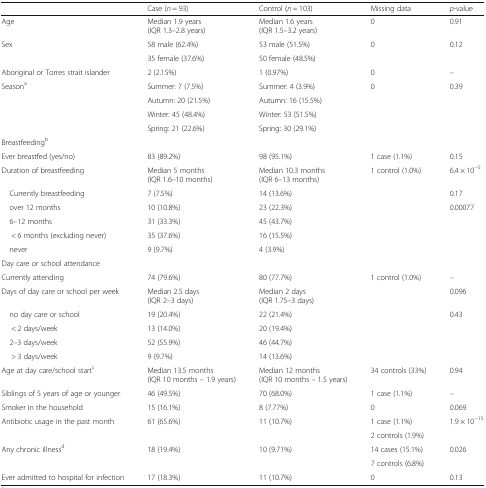
<table><thead><tr><td></td><td><b>Case (<i>n</i> = 93)</b></td><td><b>Control (<i>n</i> = 103)</b></td><td><b>Missing data</b></td><td><b><i>p</i>-value</b></td></tr></thead><tbody><tr><td>Age</td><td>Median 1.9 years (IQR 1.3–2.8 years)</td><td>Median 1.6 years (IQR 1.5–3.2 years)</td><td>0</td><td>0.91</td></tr><tr><td rowspan="2">Sex</td><td>58 male (62.4%)</td><td>53 male (51.5%)</td><td rowspan="2">0</td><td rowspan="2">0.12</td></tr><tr><td>35 female (37.6%)</td><td>50 female (48.5%)</td></tr><tr><td>Aboriginal or Torres strait islander</td><td>2 (2.15%)</td><td>1 (0.97%)</td><td>0</td><td>–</td></tr><tr><td rowspan="4">Season<sup>a</sup></td><td>Summer: 7 (7.5%)</td><td>Summer: 4 (3.9%)</td><td rowspan="4">0</td><td rowspan="4">0.39</td></tr><tr><td>Autumn: 20 (21.5%)</td><td>Autumn: 16 (15.5%)</td></tr><tr><td>Winter: 45 (48.4%)</td><td>Winter: 53 (51.5%)</td></tr><tr><td>Spring: 21 (22.6%)</td><td>Spring: 30 (29.1%)</td></tr><tr><td colspan="5">Breastfeeding<sup>b</sup></td></tr><tr><td>Ever breastfed (yes/no)</td><td>83 (89.2%)</td><td>98 (95.1%)</td><td>1 case (1.1%)</td><td>0.15</td></tr><tr><td>Duration of breastfeeding</td><td>Median 5 months (IQR 1.6–10 months)</td><td>Median 10.3 months (IQR 6–13 months)</td><td rowspan="6">1 control (1.0%)</td><td>6.4 × 10<sup>−5</sup></td></tr><tr><td> Currently breastfeeding</td><td>7 (7.5%)</td><td>14 (13.6%)</td><td>0.17</td></tr><tr><td> over 12 months</td><td>10 (10.8%)</td><td>23 (22.3%)</td><td rowspan="4">0.00077</td></tr><tr><td> 6–12 months</td><td>31 (33.3%)</td><td>45 (43.7%)</td></tr><tr><td>&lt; 6 months (excluding never)</td><td>35 (37.6%)</td><td>16 (15.5%)</td></tr><tr><td> never</td><td>9 (9.7%)</td><td>4 (3.9%)</td></tr><tr><td colspan="5">Day care or school attendance</td></tr><tr><td>Currently attending</td><td>74 (79.6%)</td><td>80 (77.7%)</td><td rowspan="6">1 control (1.0%)</td><td>–</td></tr><tr><td>Days of day care or school per week</td><td>Median 2.5 days (IQR 2–3 days)</td><td>Median 2 days (IQR 1.75–3 days)</td><td>0.096</td></tr><tr><td> no day care or school</td><td>19 (20.4%)</td><td>22 (21.4%)</td><td rowspan="4">0.43</td></tr><tr><td>&lt; 2 days/week</td><td>13 (14.0%)</td><td>20 (19.4%)</td></tr><tr><td> 2–3 days/week</td><td>52 (55.9%)</td><td>46 (44.7%)</td></tr><tr><td>&gt; 3 days/week</td><td>9 (9.7%)</td><td>14 (13.6%)</td></tr><tr><td>Age at day care/school start<sup>c</sup></td><td>Median 13.5 months (IQR 10 months – 1.9 years)</td><td>Median 12 months (IQR 10 months – 1.5 years)</td><td>34 controls (33%)</td><td>0.94</td></tr><tr><td>Siblings of 5 years of age or younger</td><td>46 (49.5%)</td><td>70 (68.0%)</td><td>1 case (1.1%)</td><td>–</td></tr><tr><td>Smoker in the household</td><td>15 (16.1%)</td><td>8 (7.77%)</td><td>0</td><td>0.069</td></tr><tr><td rowspan="2">Antibiotic usage in the past month</td><td rowspan="2">61 (65.6%)</td><td rowspan="2">11 (10.7%)</td><td>1 case (1.1%)</td><td rowspan="2">1.9 × 10<sup>−15</sup></td></tr><tr><td>2 controls (1.9%)</td></tr><tr><td rowspan="2">Any chronic illness<sup>d</sup></td><td rowspan="2">18 (19.4%)</td><td rowspan="2">10 (9.71%)</td><td>14 cases (15.1%)</td><td rowspan="2">0.026</td></tr><tr><td>7 controls (6.8%)</td></tr><tr><td>Ever admitted to hospital for infection</td><td>17 (18.3%)</td><td>11 (10.7%)</td><td>0</td><td>0.13</td></tr></tbody></table>